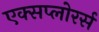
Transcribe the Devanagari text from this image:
एक्सप्लोरर्स